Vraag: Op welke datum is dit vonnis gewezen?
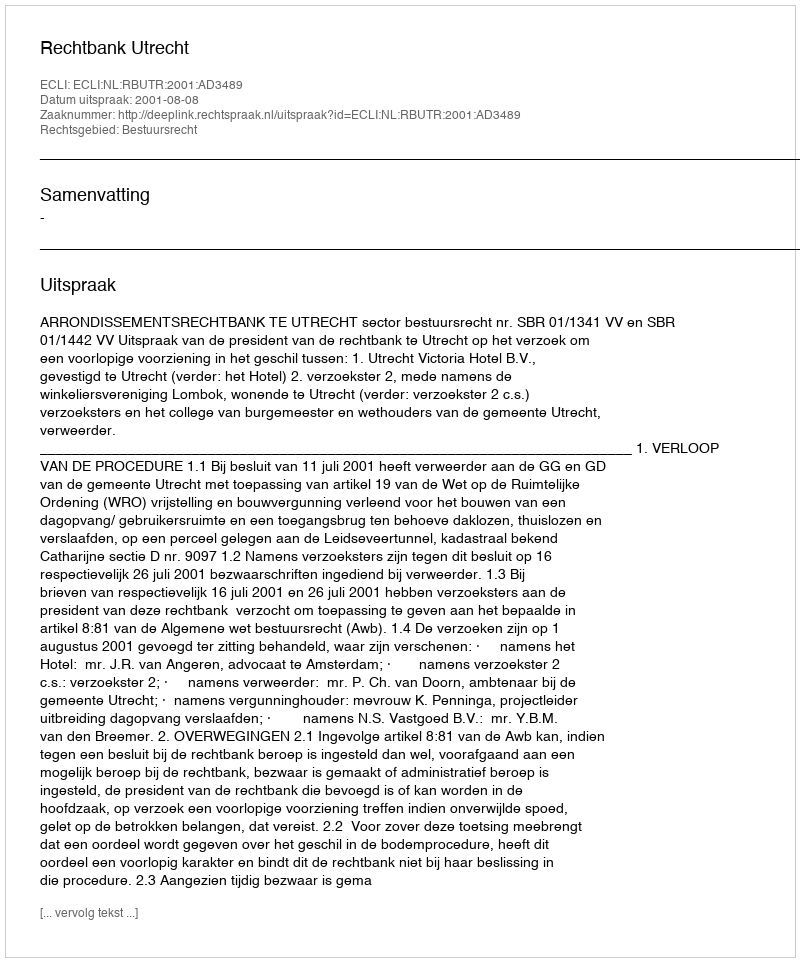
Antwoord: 2001-08-08